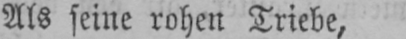
Als seine rohen Triebe,